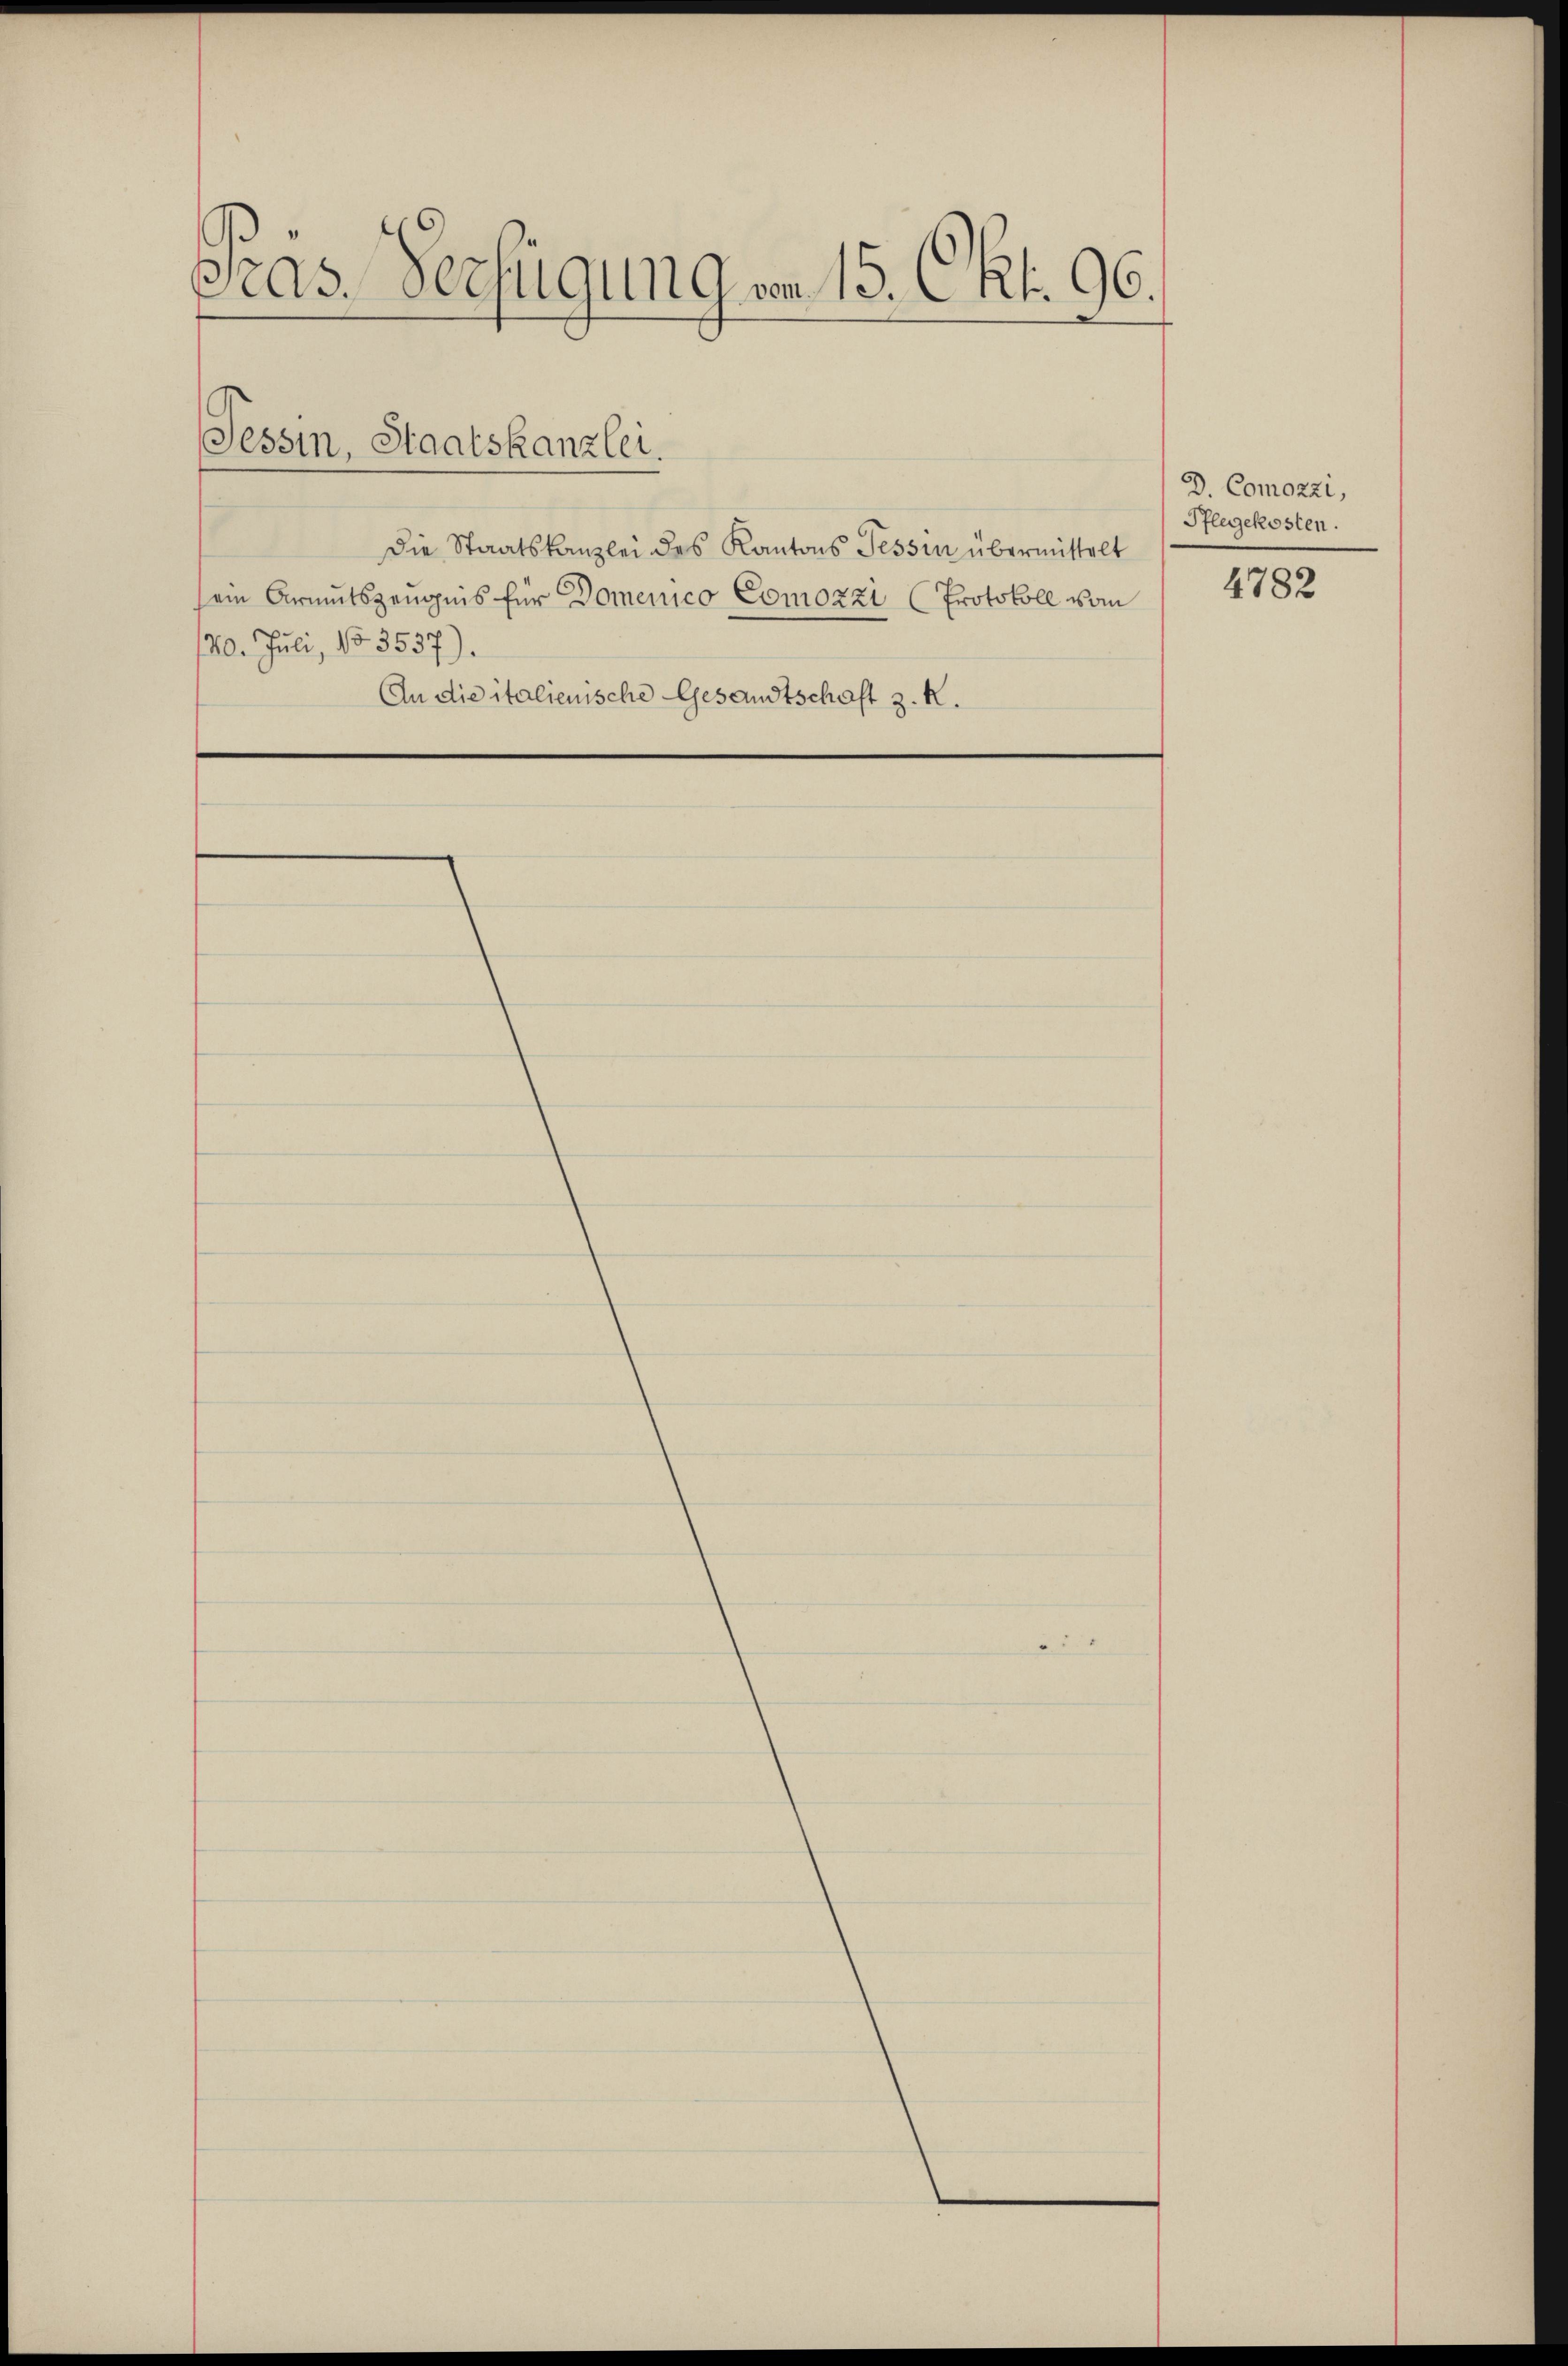
s
as. Verfügung von 15. Okt. 96.

Tessin, Staatskanzlei.

Die Staatskanzlei des Kantons Tessin übermittelt
sein Armutszeugnis für Domenico Comozzi (Protokoll vom
120. Juli 183557).
An die italienische Gesandtschaft z. R.

D. Comozzi,
Pflegekosten.

4782